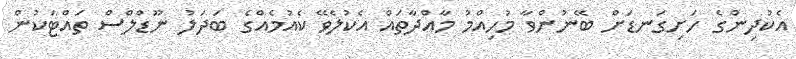
އެކުދިންގެ ހަށިގަނޑަށް ބޭނުންވާ މުހިއްމު މާއްދާތައް އެކުލެވޭ ކެއުމެއްގެ ބަދަލު ނޫޑްލްސް ތައްޓަކުން